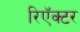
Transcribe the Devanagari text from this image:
रिऍक्टर